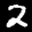
Label: 2